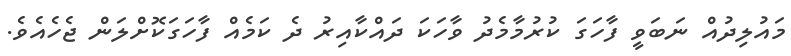
މައުލިދުއް ނަބަވީ ފާހަގަ ކުރުމާމެދު ވާހަކަ ދައްކާއިރު ދެ ކަމެއް ފާހަގަކޮށްލަން ޖެހެއެވެ.